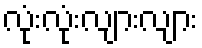
လုံးလုံးလျားလျား